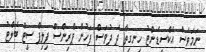
ނަމަވެސް އެކްސިޑެންޓު ހިނގިތާ ދެ ދުވަސް ފަހުން ޕްރިންސް ފިލިޕް ސީޓް ބެލްޓު